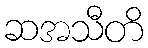
ဆအသီတိ